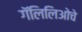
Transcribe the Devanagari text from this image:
गॅलिलिओचे